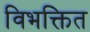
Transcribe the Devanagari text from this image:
विभक्तित